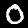
Digit: 0